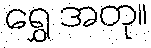
ရွှေ အတု။